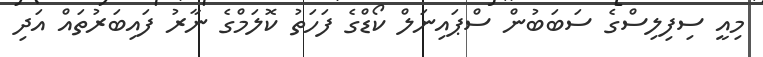
މިއީ ސިފިލިސްގެ ސަބަބުން ސްޕައިނަލް ކޯޑްގެ ފަހަތު ކޮލަމްގެ ނާރު ފައިބަރުތައް އަދި